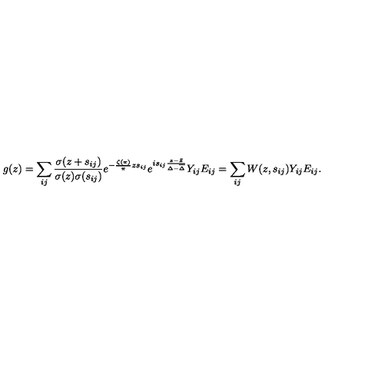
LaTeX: g ( z ) = \sum _ { i j } \frac { \sigma ( z + s _ { i j } ) } { \sigma ( z ) \sigma ( s _ { i j } ) } e ^ { - \frac { \zeta ( \pi ) } { \pi } z s _ { i j } } e ^ { i s _ { i j } \frac { z - \bar { z } } { \Delta - \overline { \Delta } } } Y _ { i j } E _ { i j } = \sum _ { i j } W ( z , s _ { i j } ) Y _ { i j } E _ { i j } .